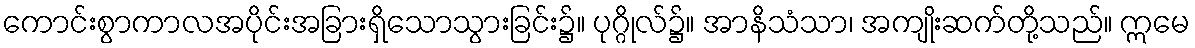
ကောင်းစွာကာလအပိုင်းအခြားရှိသောသွားခြင်း၌။ ပုဂ္ဂိုလ်၌။ အာနိသံသာ၊ အကျိုးဆက်တို့သည်။ ဣမေ